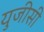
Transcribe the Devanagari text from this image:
युजीसी